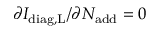
\partial I _ { \mathrm { d i a g , L } } / \partial N _ { \mathrm { a d d } } = 0